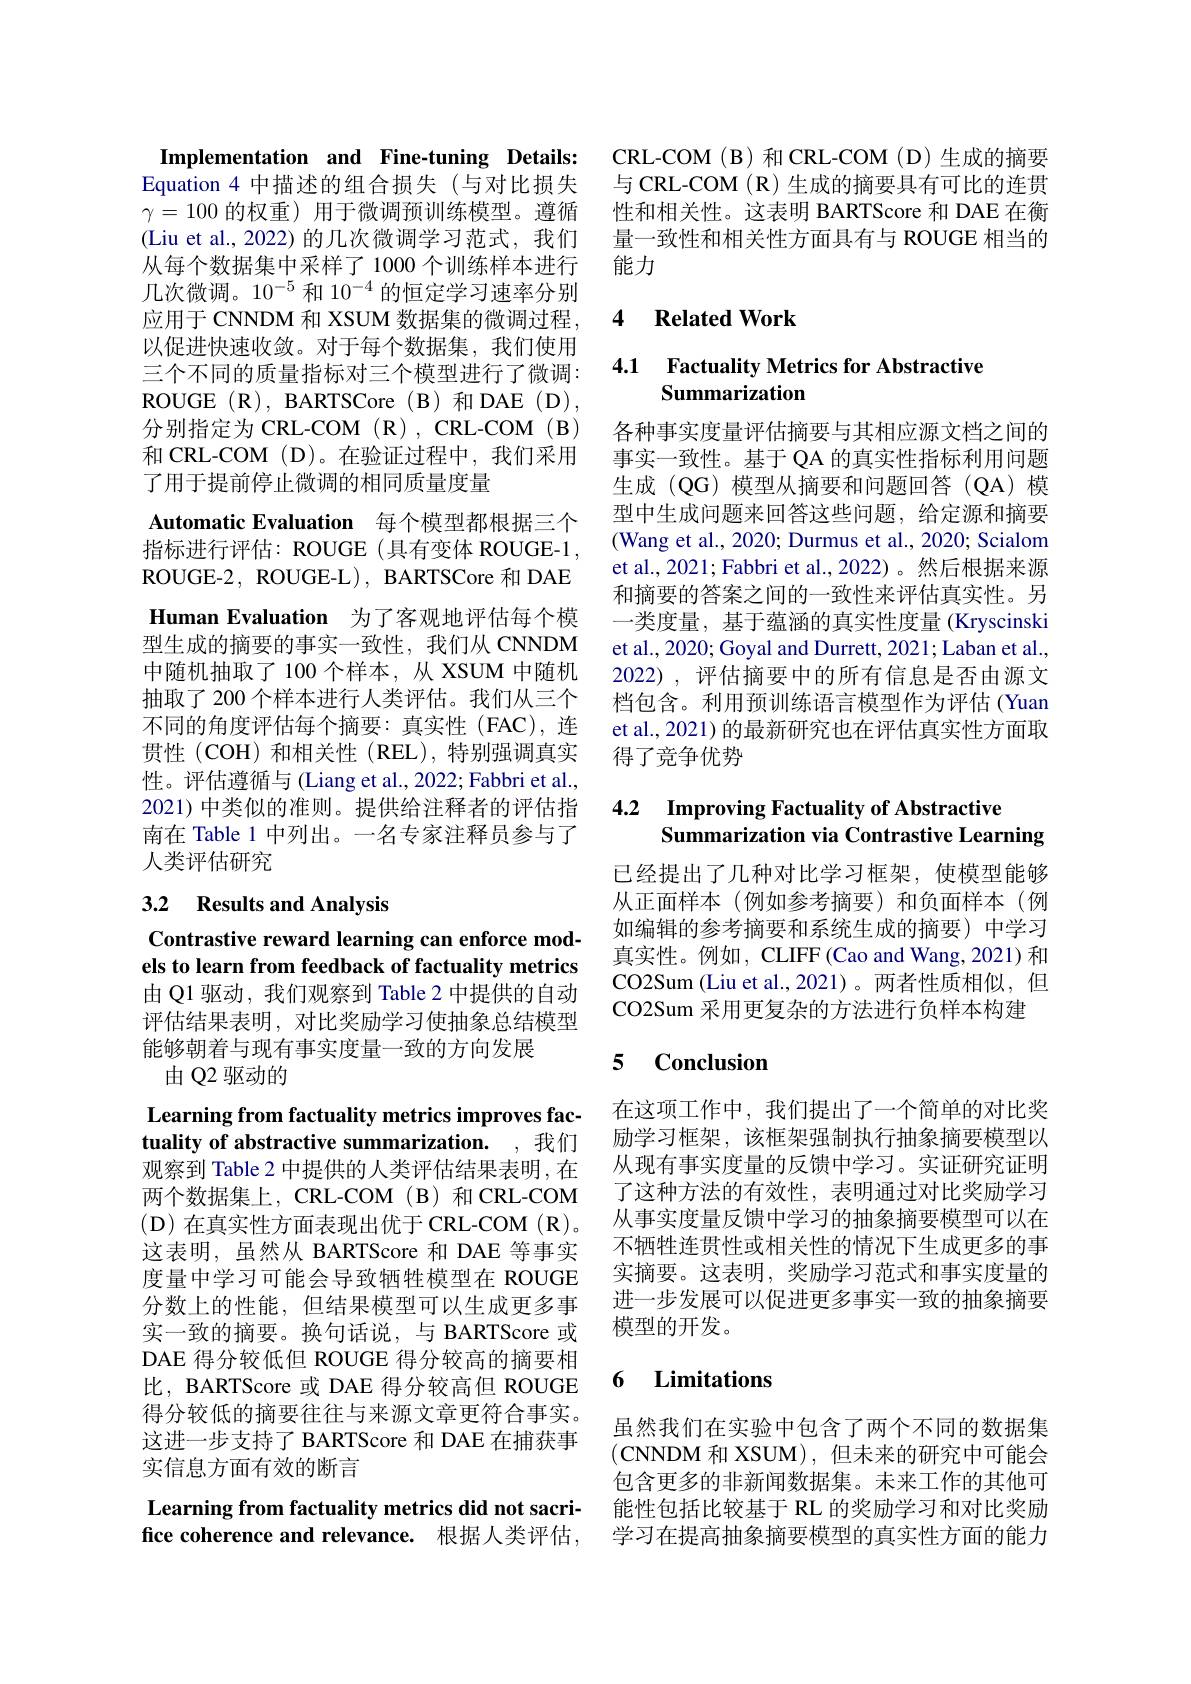
Implementation and Fine-tuning Details:

Equation 4 中描述的组合损失(与对比损失$\gamma=100$的权重)用于微调预训练模型。遵循(Liu et al., 2022) 的几次微调学习范式，我们从每个数据集中采样了 1000 个训练样本进行$几次微调。10^{-5} 和 10^{-4} 的恒定学习速率分别$ 应用于 CNNDM 和 XSUM 数据集的微调过程 , 以促进快速收敛。对于每个数据集，我们使用三个不同的质量指标对三个模型进行了微调： ROUGE ( R) , BARTSCore ( B) 和 DAE ( D) , 分别指定为 CRL-COM (R) , CRL-COM (B) 和 CRL-COM (D)。在验证过程中，我们采用了用于提前停止微调的相同质量度量
Automatic Evaluation 每个模型都根据三个指标进行评估：ROUGE(具有变体 ROUGE-1, ROUGE-2, ROUGE-L), BARTSCore 和 DAE Human Evaluation 为了客观地评估每个模型生成的摘要的事实一致性，我们从 CNNDM 中随机抽取了 100 个样本，从 XSUM 中随机抽取了 200 个样本进行人类评估。我们从三个不同的角度评估每个摘要：真实性(FAC),连贯性(COH)和相关性(REL),特别强调真实性。评估遵循与 (Liang et al., 2022; Fabbri et al., 2021) 中类似的准则。提供给注释者的评估指南在 Table 1 中列出。一名专家注释员参与了人类评估研究

## 3.2 $\textbf{Results and Analysis}$

Contrastive reward learning can enforce models to learn from feedback of factuality metrics

由 Q1 驱动，我们观察到 Table 2 中提供的自动评估结果表明，对比奖励学习使抽象总结模型能够朝着与现有事实度量一致的方向发展
由 Q2 驱动的

Learning from factuality metrics improves factuality of abstractive summarization. ,我们观察到 Table 2 中提供的人类评估结果表明，在两个数据集上，CRL-COM(B)和CRL-COM (D) 在真实性方面表现出优于 CRL-COM (R)。这表明，虽然从 BARTScore 和 DAE 等事实度量中学习可能会导致牺牲模型在 ROUGE 分数上的性能，但结果模型可以生成更多事实一致的摘要。换句话说，与 BARTScore 或DAE 得分较低但 ROUGE 得分较高的摘要相比，BARTScore 或 DAE 得分较高但 ROUGE 得分较低的摘要往往与来源文章更符合事实。这进一步支持了 BARTScore 和 DAE 在捕获事实信息方面有效的断言

## fice coherence and relevance. 根据人类评估，

CRL-COM(B)和CRL-COM(D)生成的摘要与 CRL-COM (R) 生成的摘要具有可比的连贯性和相关性。这表明 BARTScore 和 DAE 在衡量一致性和相关性方面具有与 ROUGE 相当的能力

### 4 $\textbf{Related Work}$

### 4.1 Factuality Metrics for Abstractive Summarization

各种事实度量评估摘要与其相应源文档之间的事实一致性。基于 QA 的真实性指标利用问题生成(QG)模型从摘要和问题回答(QA)模型中生成问题来回答这些问题，给定源和摘要(Wang et al., 2020; Durmus et al., 2020; Scialom et al., 2021; Fabbri et al., 2022)。然后根据来源和摘要的答案之间的一致性来评估真实性。另一类度量，基于蕴涵的真实性度量 (Kryscinski et al., 2020; Goyal and Durrett, 2021; Laban et al., 2022), 评估摘要中的所有信息是否由源文档包含。利用预训练语言模型作为评估 (Yuan et al., 2021) 的最新研究也在评估真实性方面取得了竞争优势

## 4.2 Improving Factuality of Abstractive Summarization via Contrastive Learning

已经提出了几种对比学习框架，使模型能够从正面样本(例如参考摘要)和负面样本(例如编辑的参考摘要和系统生成的摘要)中学习真实性。例如，CLIFF(Cao and Wang, 2021)和CO2Sum (Liu et al.,2021)。两者性质相似，但CO2Sum 采用更复杂的方法进行负样本构建

### 5 $\textbf{Conclusion}$

在这项工作中，我们提出了一个简单的对比奖励学习框架，该框架强制执行抽象摘要模型以从现有事实度量的反馈中学习。实证研究证明了这种方法的有效性，表明通过对比奖励学习从事实度量反馈中学习的抽象摘要模型可以在不牺牲连贯性或相关性的情况下生成更多的事实摘要。这表明，奖励学习范式和事实度量的进一步发展可以促进更多事实一致的抽象摘要模型的开发。

# 6 Limitations

虽然我们在实验中包含了两个不同的数据集(CNNDM 和 XSUM),但未来的研究中可能会包含更多的非新闻数据集。未来工作的其他可
Learning from factuality metrics did not sacri- 能性包括比较基于 RL 的奖励学习和对比奖励
学习在提高抽象摘要模型的真实性方面的能力